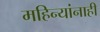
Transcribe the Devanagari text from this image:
महिन्यांनाही